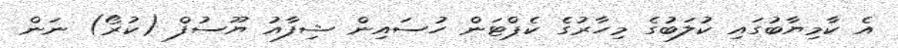
އެ ކާމިޔާބުގައި ކުލަބުގެ މިހާރުގެ ކެޕްޓަން ހުސައިން ޝިފާއު ޔޫސުފް (ކުރޯ) ނަން